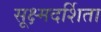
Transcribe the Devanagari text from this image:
सूक्ष्मदर्शिता